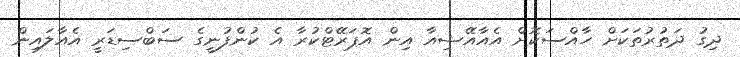
ދިގު ދަތުރުތަކަށް ހާއްސަކޮށް އެއާއޭޝިއާ އިން އޮޕަރޭޓްކުރާ އެ ކުންފުނީގެ ސަބްސިޑަރީ އެއާލައިން